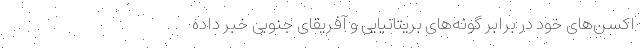
اکسن‌های خود در برابر گونه‌های بریتانیایی و آفریقای جنوبی خبر داده